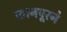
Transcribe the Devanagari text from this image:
कानपूरने